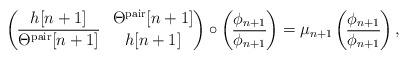
LaTeX: \begin{align*}\begin{pmatrix}h[n+1] & \Theta^\mathrm{pair}[n+1] \\ \overline{\Theta^\mathrm{pair}[n+1]} & h[n+1]\end{pmatrix}\circ \begin{pmatrix} \phi_{n+1} \\ \overline{\phi_{n+1}}\end{pmatrix}= \mu_{n+1} \begin{pmatrix} \phi_{n+1} \\ \overline{\phi_{n+1}}\end{pmatrix},\end{align*}